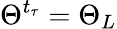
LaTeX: \Theta^{t_{\tau}}=\Theta_{L}